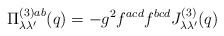
LaTeX: \begin{align*}\Pi _{\lambda \lambda ^{\prime }}^{(3)ab}(q)=-g^2f^{acd}f^{bcd}J_{\lambda\lambda ^{\prime }}^{(3)}(q)\end{align*}